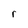
Character: r